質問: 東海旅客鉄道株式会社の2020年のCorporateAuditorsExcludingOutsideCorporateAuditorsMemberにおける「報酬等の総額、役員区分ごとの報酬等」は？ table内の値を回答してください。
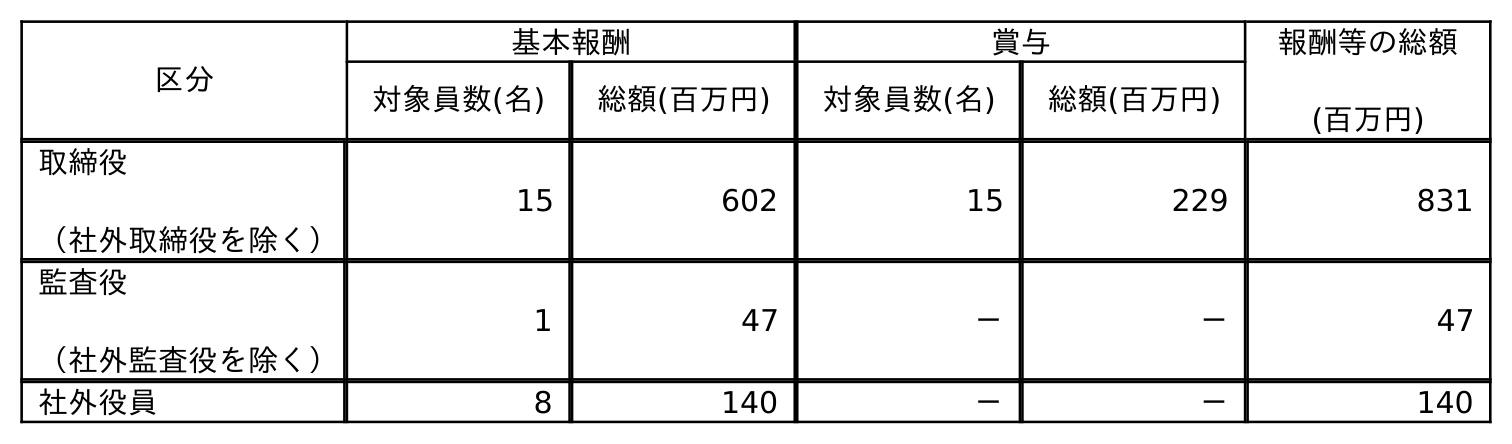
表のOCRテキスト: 区分 基本報酬 賞与 報酬等の総額 (百万円) 対象員数(名) 総額(百万円) 対象員数(名) 総額(百万円) 取締役 （社外取締役を除く） 15 602 15 229 831 監査役 （社外監査役を除く） 1 47 － － 47 社外役員 8 140 － － 140
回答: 47